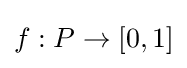
f:P\to [0,1]